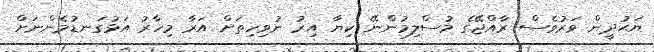
ޔަޙުދީން ވަރުވެސް ރާއްޖޭގެ މުސްލިމުންނޭ ކިޔާ އިރު ނުވިހިތަށް އަރާ މިހާރު އަޅުގަނޑުމެންނަށް